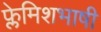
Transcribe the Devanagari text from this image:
फ्लेमिशभाषी